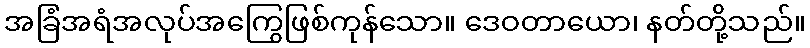
အခြံအရံအလုပ်အကြွေဖြစ်ကုန်သော။ ဒေဝတာယော၊ နတ်တို့သည်။